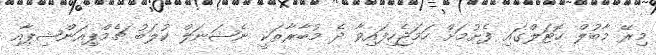
މިރޭ މާބުލް ހޮޓަލްގައި ފެށުމަށް ހަމަޖެހިފައިވާ ދެ މުބާރާތަކީ ނެޝަނަލް ކުލަބު ޗެމްޕިއަންޝިޕާއި